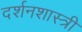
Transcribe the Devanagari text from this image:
दर्शनशास्‍त्री